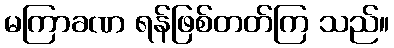
မကြာခဏ ရန်ဖြစ်တတ်ကြ သည်။